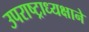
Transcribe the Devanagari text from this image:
उपराष्ट्राध्यक्षाने